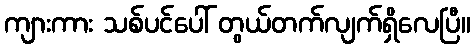
ကျားကား သစ်ပင်ပေါ် တွယ်တက်လျက်ရှိလေပြီ။